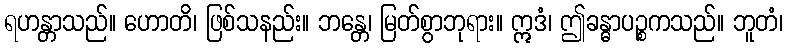
ရဟန္တာသည်။ ဟောတိ၊ ဖြစ်သနည်း။ ဘန္တေ၊ မြတ်စွာဘုရား။ ဣဒံ၊ ဤခန္ဓာပဉ္စကသည်။ ဘူတံ၊